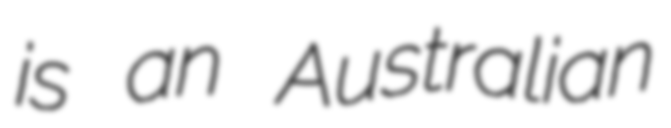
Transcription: is an Australian